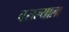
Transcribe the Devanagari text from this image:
बसल्याला